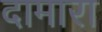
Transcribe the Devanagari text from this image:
दामारा